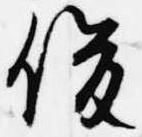
俊